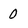
Character: 0